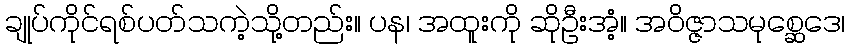
ချုပ်ကိုင်ရစ်ပတ်သကဲ့သို့တည်း။ ပန၊ အထူးကို ဆိုဦးအံ့။ အဝိဇ္ဇာသမုစ္ဆေဒေ၊